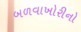
બળવાખોરીનો